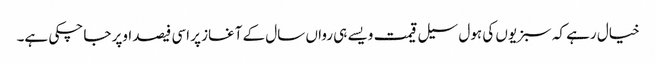
خیال رہے کہ سبزیوں کی ہول سیل قیمت ویسے ہی رواں سال کے آغاز پر اسی فیصد اوپر جا چکی ہے۔